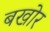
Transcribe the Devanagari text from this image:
बखोर